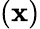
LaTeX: (\mathbf{x})